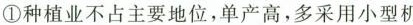
①种植业不占主要地位，单产高，多采用小型机